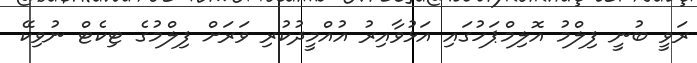
ރަވީ ބުނީ ފިލްމު އޮލިމްޕަހުގައި އަޅުވާއިރު އުއްމީދުކުރި ވަރަށް ފިލްމުގެ ޓިކެޓް ނުވިކޭ